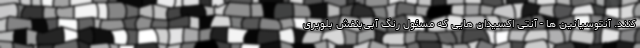
کنند. آنتوسیانین ها - آنتی اکسیدان هایی که مسئول رنگ آبی‌بنفش بلوبری